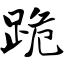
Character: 跪